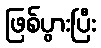
ဖြစ်ပွားပြီး